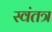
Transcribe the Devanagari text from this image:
स्‍वंतत्र